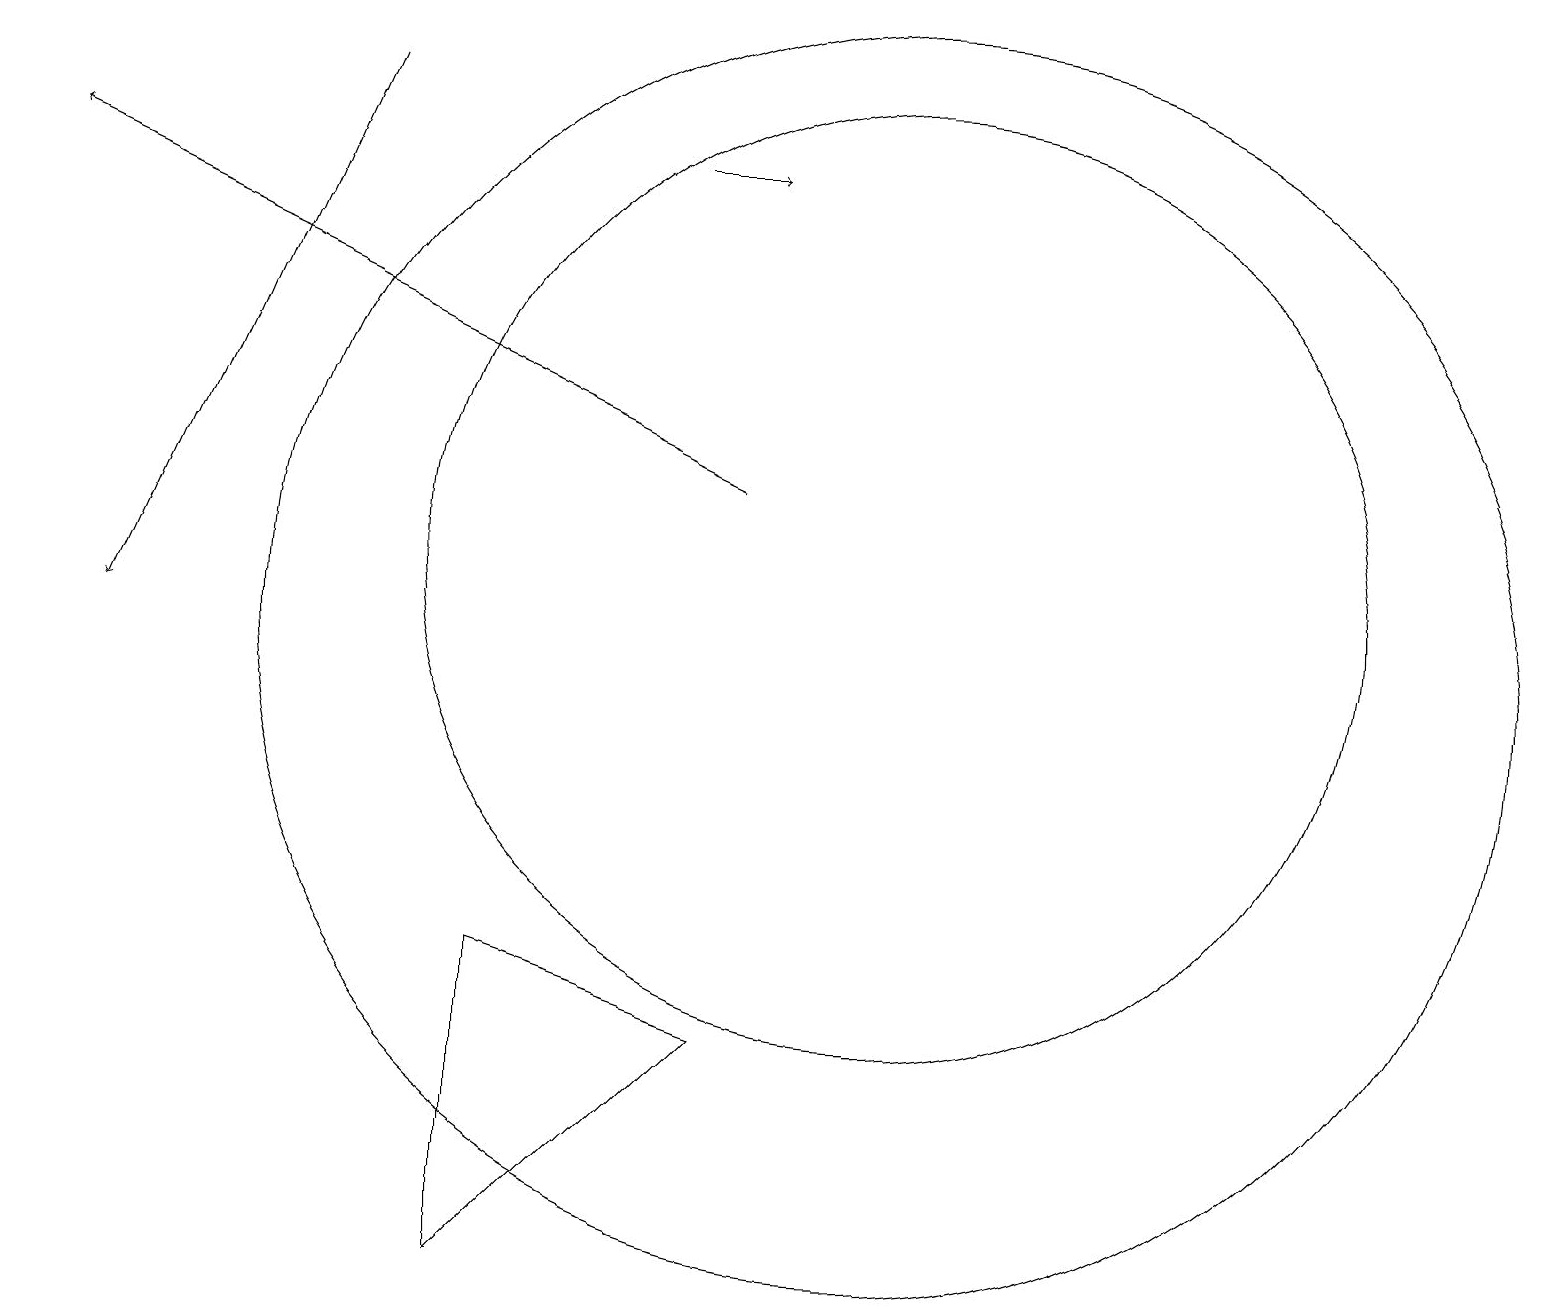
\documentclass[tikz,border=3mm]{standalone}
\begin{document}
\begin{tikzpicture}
\draw (11,10) circle (8);
\draw[->] (4,17) -- (1,10);
\draw[->] (9,12) -- (0,16);
\draw (6,6) -- (9,5) -- (6,2) -- cycle;
\draw (11,11) circle (6);
\draw[->] (8,16) -- (9,16);
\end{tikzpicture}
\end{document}